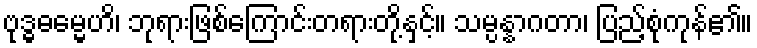
ဗုဒ္ဓဓမ္မေဟိ၊ ဘုရားဖြစ်ကြောင်းတရားတို့နှင့်။ သမ္ပန္နာဂတာ၊ ပြည့်စုံကုန်၏။